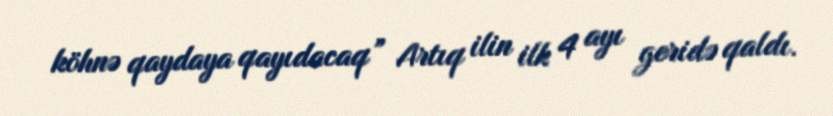
köhnə qaydaya qayıdacaq” Artıq ilin ilk 4 ayı geridə qaldı.